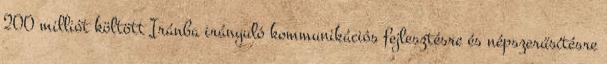
200 milliót költött Iránba irányuló kommunikációs fejlesztésre és népszerűsítésre